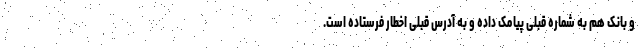
و بانک هم به شماره قبلی پیامک داده و به آدرس قبلی اخطار فرستاده است.